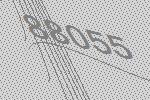
88055